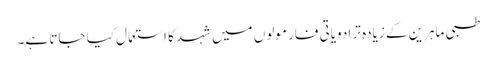
طبی ماہرین کے زیادہ تر ادویاتی فارمولوں میں شہد کا استعمال کیا جاتا ہے۔